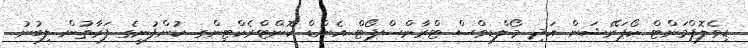
ޑިވެލޮޕްމަންޓް ކޯޕަރޭޝަން އަދި މޯލްޑިވްސް ޓްރާންސްޕޯޓް އެންޑް ކޮންޓްރެކްޓިންގ ކުންފުނީގެ ފަރާތުން ލިބުނު